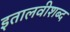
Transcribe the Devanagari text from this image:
इतालवीशब्द